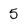
Character: 5